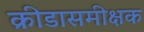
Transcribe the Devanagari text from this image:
क्रीडासमीक्षक